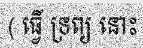
( ធ្វើ ទ្រព្យ នោះ